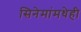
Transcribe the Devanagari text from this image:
सिनेमांमधेही